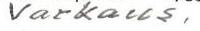
Varkaus